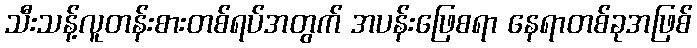
သီးသန့်လူတန်းစားတစ်ရပ်အတွက် အပန်းဖြေစရာ နေရာတစ်ခုအဖြစ်